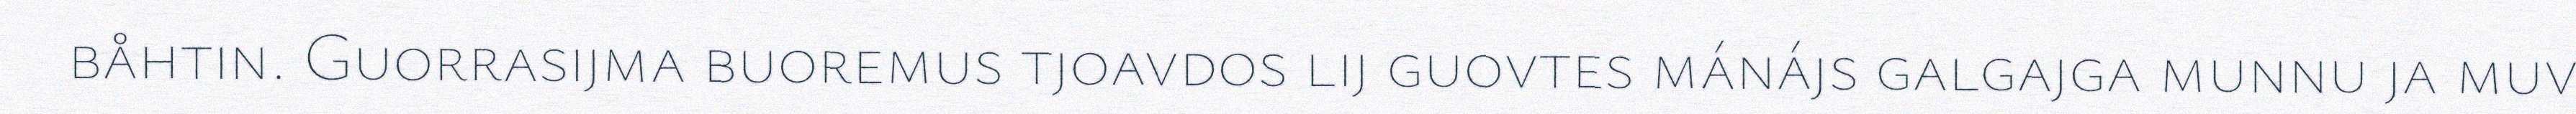
båhtin. Guorrasijma buoremus tjoavdos lij guovtes mánájs galgajga munnu ja muv